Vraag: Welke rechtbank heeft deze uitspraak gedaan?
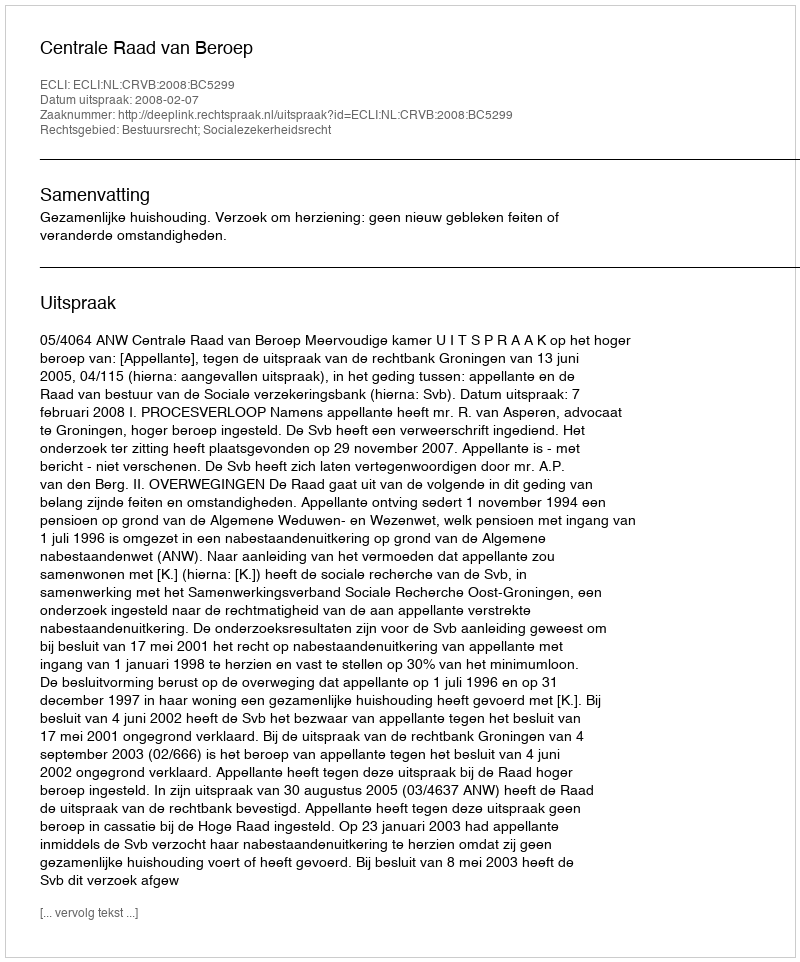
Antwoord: Centrale Raad van Beroep